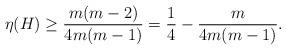
LaTeX: \begin{align*}\eta(H)\geq \frac{m(m-2)}{4m(m-1)}=\frac{1}{4}-\frac{m}{4m(m-1)}.\end{align*}